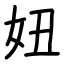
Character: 妞